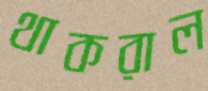
থাকরাল